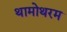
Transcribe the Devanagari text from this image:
थामोथरम